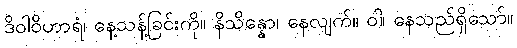
ဒိဝါဝိဟာရံ၊ နေ့သန့်ခြင်းကို။ နိသိန္နော၊ နေလျက်။ ဝါ၊ နေသည်ရှိသော်။